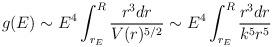
LaTeX: \begin{align*}g(E) \sim E^4 \int_{r_E}^R {r^3 dr \over V(r)^{5/2}}\sim E^4 \int_{r_E}^R {r^3 dr \over k^5 r^5} \end{align*}